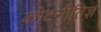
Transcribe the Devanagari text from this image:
कोटनीतिज्ञ